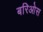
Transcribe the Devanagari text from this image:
बरिओस